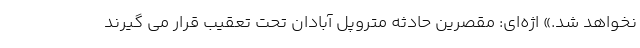
نخواهد شد.» اژه‌ای: مقصرین حادثه متروپل آبادان تحت تعقیب قرار می گیرند